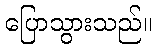
ပြောသွားသည်။